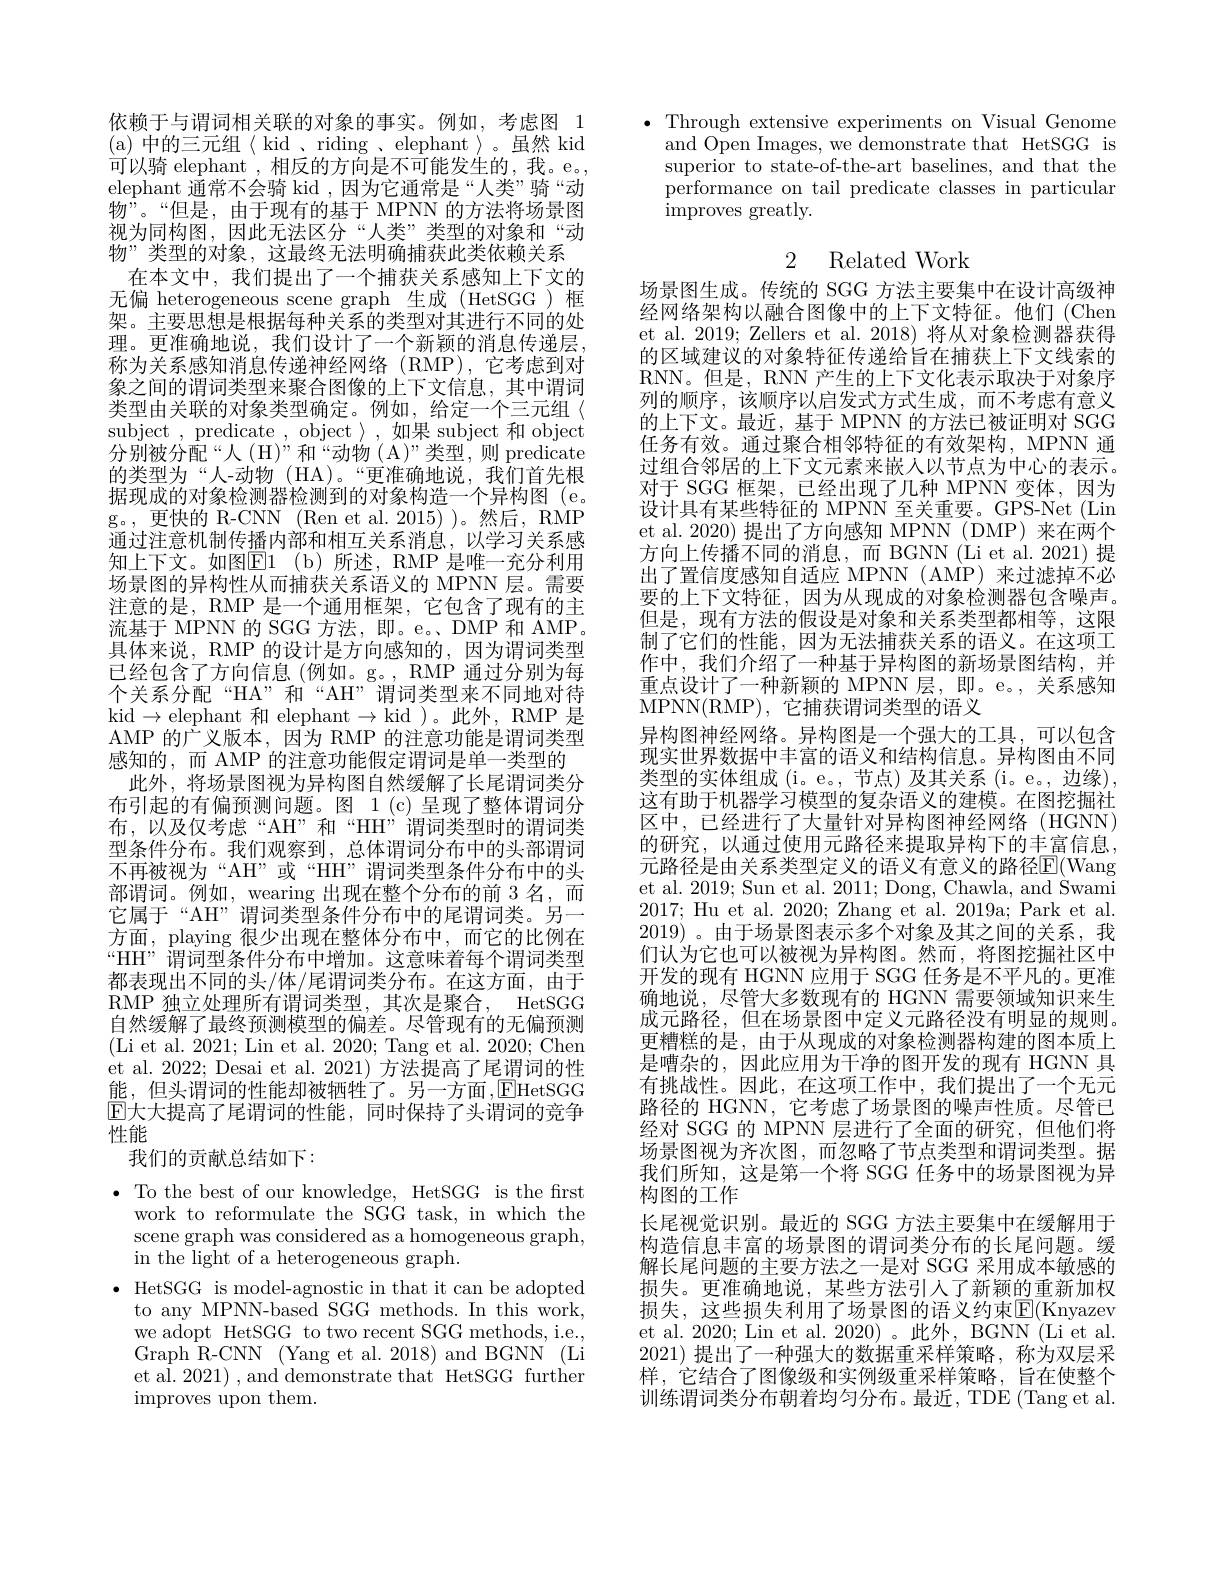
依赖于与谓词相关联的对象的事实。例如，考虑图 1 (a)中的三元组$\langle$ kid 、riding 、elephant 》。虽然 kid 可以骑 elephant , 相反的方向是不可能发生的，我。e。, elephant 通常不会骑 kid ,因为它通常是“人类”骑“动物”。“但是，由于现有的基于 MPNN 的方法将场景图视为同构图，因此无法区分“人类”类型的对象和“动物”类型的对象，这最终无法明确捕获此类依赖关系
在本文中，我们提出了一个捕获关系感知上下文的无偏 heterogeneous scene graph 生成 (HetSGG )框架。主要思想是根据每种关系的类型对其进行不同的处理。更准确地说，我们设计了一个新颖的消息传递层， 称为关系感知消息传递神经网络(RMP),它考虑到对象之间的谓词类型来聚合图像的上下文信息，其中谓词类型由关联的对象类型确定。例如，给定一个三元组〈 subject ,predicate ,object $\rangle$,如果 subject 和 object 分别被分配“人(H)”和“动物(A)”类型，则 predicate 的类型为“人-动物(HA)。“更准确地说，我们首先根据现成的对象检测器检测到的对象构造一个异构图(e。g。, 更快的 R-CNN (Ren et al. 2015) )。然后，RMP 通过注意机制传播内部和相互关系消息，以学习关系感知上下文。如图$\boxed{\mathrm{E} }1$ (b)所述，RMP 是唯一充分利用场景图的异构性从而捕获关系语义的 MPNN 层。需要注意的是，RMP 是一个通用框架，它包含了现有的主流基于 MPNN 的 SGG 方法，即。e。DMP 和 AMP。具体来说，RMP 的设计是方向感知的，因为谓词类型已经包含了方向信息(例如。g。, RMP 通过分别为每个关系分配“HA”和“AH”谓词类型来不同地对待kid$\to$elephant 和 elephant$\to$kid )。此外，RMP 是AMP 的广义版本，因为 RMP 的注意功能是谓词类型感知的，而 AMP 的注意功能假定谓词是单一类型的
此外，将场景图视为异构图自然缓解了长尾谓词类分布引起的有偏预测问题。图 1(c)呈现了整体谓词分布，以及仅考虑“AH”和“HH”谓词类型时的谓词类型条件分布。我们观察到，总体谓词分布中的头部谓词不再被视为“AH”或“HH”谓词类型条件分布中的头部谓词。例如，wearing 出现在整个分布的前 3名，而它属于“AH”谓词类型条件分布中的尾谓词类。另一方面，playing 很少出现在整体分布中，而它的比例在“HH”谓词型条件分布中增加。这意味着每个谓词类型都表现出不同的头/体/尾谓词类分布。在这方面，由于RMP 独立处理所有谓词类型，其次是聚合，HetSGG 自然缓解了最终预测模型的偏差。尽管现有的无偏预测(Li et al. 2021; Lin et al. 2020; Tang et al. 2020; Chen et al. 2022; Desai et al. 2021) 方法提高了尾谓词的性能，但头谓词的性能却被牺牲了。另一方面，$\overline{\mathrm{E}}$HetSGG $\operatorname{E}$大大提高了尾谓词的性能，同时保持了头谓词的竞争性能
我们的贡献总结如下：
$\bullet$ To the best of our knowledge, HetSGG is the first
work to reformulate the SGG task, in which the scene graph was considered as a homogeneous graph, in the light of a heterogeneous graph.
$\bullet$ HetSGG is model-agnostic in that it can be adopted
to any MPNN-based SGG methods. In this work, we adopt HetSGG to two recent SGG methods, i.e., Graph R-CNN (Yang et al. 2018) and BGNN (Li et al. 2021) , and demonstrate that HetSGG further improves upon them.

$\bullet$ Through extensive experiments on Visual Genome
and Open Images, we demonstrate that HetSGG is superior to state-of-the-art baselines, and that the performance on tail predicate classes in particular improves greatly.

# 2 Related Work

场景图生成。传统的 SGG 方法主要集中在设计高级神经网络架构以融合图像中的上下文特征。他们(Chen et al. 2019; Zellers et al. 2018) 将从对象检测器获得的区域建议的对象特征传递给旨在捕获上下文线索的RNN。但是，RNN 产生的上下文化表示取决于对象序列的顺序，该顺序以启发式方式生成，而不考虑有意义的上下文。最近，基于 MPNN 的方法已被证明对 SGG 任务有效。通过聚合相邻特征的有效架构，MPNN 通过组合邻居的上下文元素来嵌人以节点为中心的表示。对于 SGG 框架，已经出现了几种 MPNN 变体，因为设计具有某些特征的 MPNN 至关重要。GPS-Net (Lin et al. 2020) 提出了方向感知 MPNN (DMP) 来在两个方向上传播不同的消息，而 BGNN (Li et al.2021)提出了置信度感知自适应 MPNN (AMP) 来过滤掉不必要的上下文特征，因为从现成的对象检测器包含噪声。但是，现有方法的假设是对象和关系类型都相等，这限制了它们的性能，因为无法捕获关系的语义。在这项工作中，我们介绍了一种基于异构图的新场景图结构，并重点设计了一种新颖的 MPNN 层，即。e。, 关系感知MPNN(RMP), 它捕获谓词类型的语义
异构图神经网络。异构图是一个强大的工具，可以包含现实世界数据中丰富的语义和结构信息。异构图由不同类型的实体组成 (i。e。, 节点) 及其关系 (i。e。, 边缘), 这有助于机器学习模型的复杂语义的建模。在图挖掘社区中，已经进行了大量针对异构图神经网络(HGNN) 的研究，以通过使用元路径来提取异构下的丰富信息元路径是由关系类型定义的语义有意义的路径$\mathbb{E}($Wang et al. 2019; Sun et al. 2011; Dong, Chawla, and Swami 2017; Hu et al. 2020; Zhang et al. 2019a; Park et al. 2019)。由于场景图表示多个对象及其之间的关系，我们认为它也可以被视为异构图。然而，将图挖掘社区中开发的现有 HGNN 应用于 SGG 任务是不平凡的。更准确地说，尽管大多数现有的 HGNN 需要领域知识来生成元路径，但在场景图中定义元路径没有明显的规则。更糟糕的是，由于从现成的对象检测器构建的图本质上是嘈杂的，因此应用为干净的图开发的现有 HGNN 具有挑战性。因此，在这项工作中，我们提出了一个无元路径的 HGNN, 它考虑了场景图的噪声性质。尽管已经对 SGG 的 MPNN 层进行了全面的研究，但他们将场景图视为齐次图，而忽略了节点类型和谓词类型。据我们所知，这是第一个将 SGG 任务中的场景图视为异构图的工作
长尾视觉识别。最近的 SGG 方法主要集中在缓解用于构造信息丰富的场景图的谓词类分布的长尾问题。缓解长尾问题的主要方法之一是对 SGG 采用成本敏感的损失。更准确地说，某些方法引入了新颖的重新加权损失，这些损失利用了场景图的语义约束$\mathbb{E}($Knyazev et al. 2020; Lin et al. 2020)。此外，BGNN (Li et al. 2021)提出了一种强大的数据重采样策略，称为双层采样，它结合了图像级和实例级重采样策略，旨在使整个训练谓词类分布朝着均匀分布。最近，TDE (Tang et al.